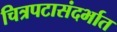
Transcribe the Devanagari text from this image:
चित्रपटासंदर्भात